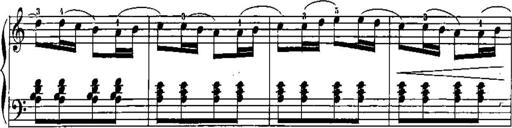
Title: Trois sonatines
Composer: Maurice Emmanuel